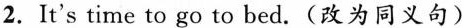
2.It's time to go to bed.(改为同义句)